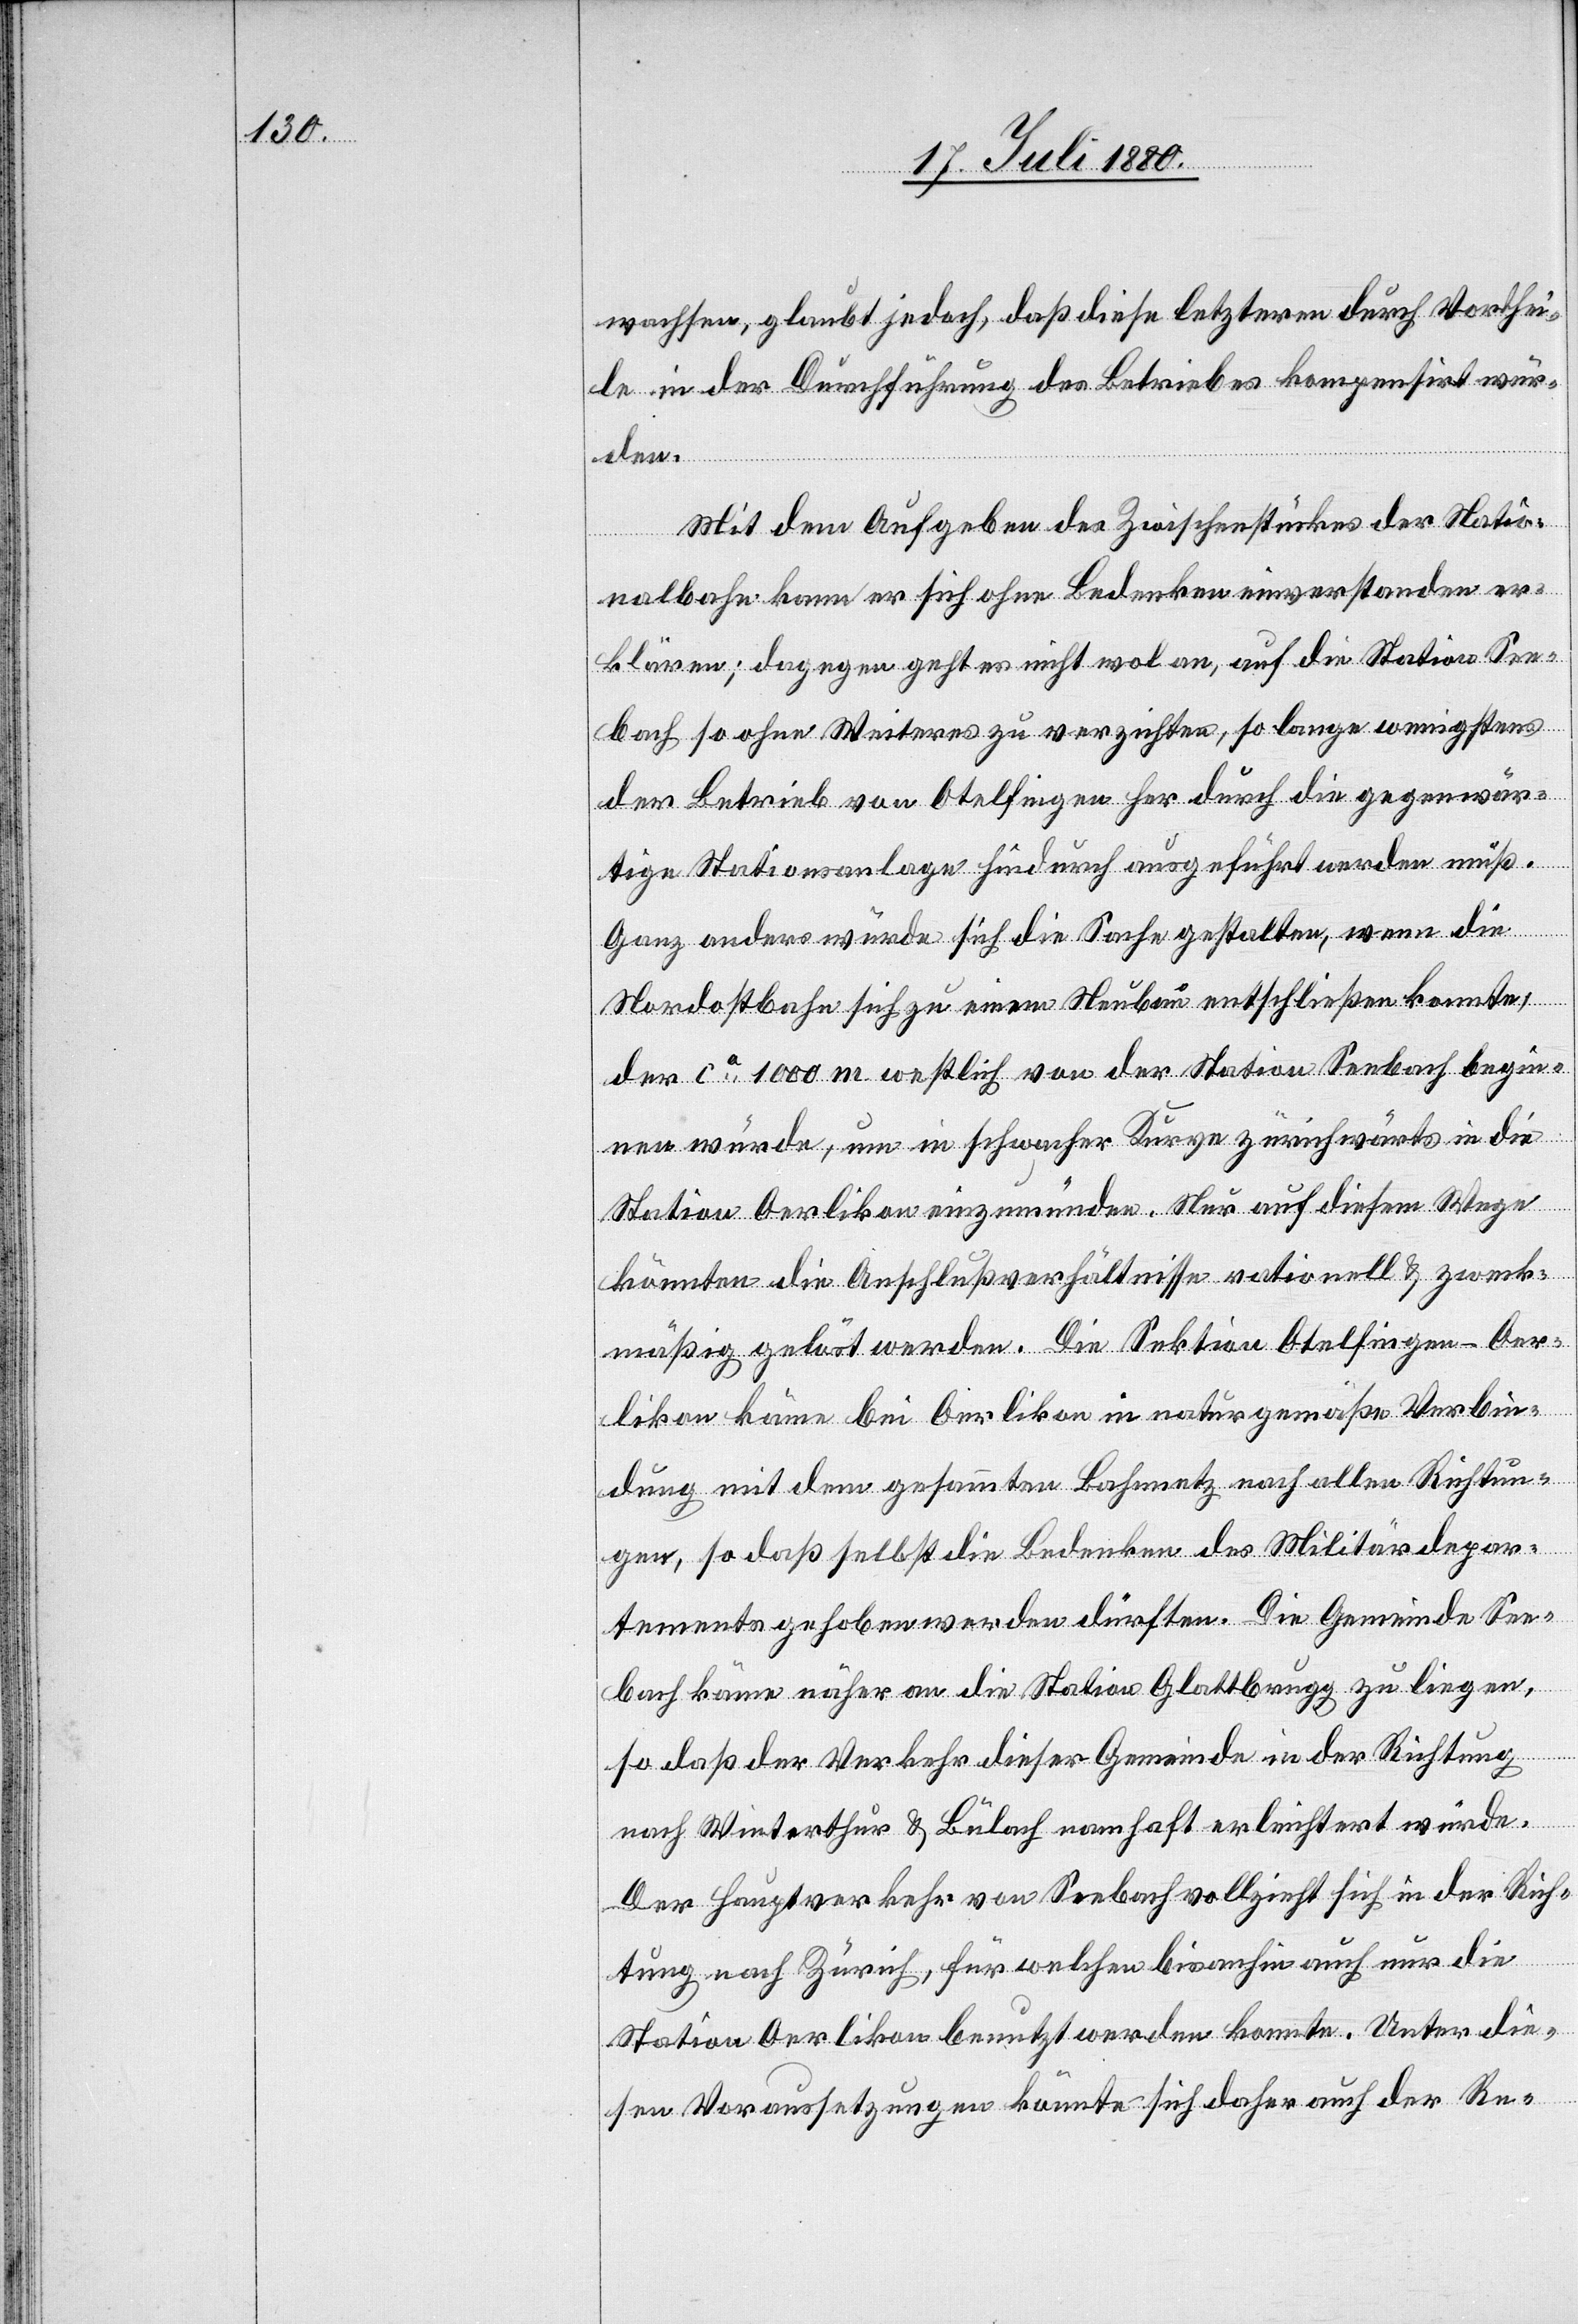
wachsen, glaubt jedoch, daß diese letzteren durch Vorthei¬
le in der Durchführung des Betriebes kompensirt wür¬
den.
Mit dem Aufgeben des Zwischenstückes der Natio¬
nalbahn kann er sich ohne Bedenken einverstanden er¬
klären; dagegen geht es nicht wol an, auf die Station See¬
bach so ohne Weiteres zu verzichten, so lange wenigstens
der Betrieb von Otelfingen her durch die gegenwär¬
tigen Stationsanlage hindurch ausgeführt werden muß.
Ganz anders würde sich die Sache gestalten, wenn die
Nordostbahn sich zu einem Neubau entschließen konnte
der ca 1000 m westlich von der Station Seebach begin¬
nen würde, um in schwacher Kurve zürichwärts in die
Station Oerlikon einzumünden. Nur auf diesem Weg
könnten die Anschlußverhältnisse rationell & zweck¬
mäßig gelöst werden. Die Sektion Otelfingen–Oer¬
likon käme bei Oerlikon in naturgemäße Verbin¬
dung mit dem gesammten Bahnnetz nach allen Richtun¬
gen, so daß selbst die Bedenken des Militärdepar¬
tements gehoben werden dürften. Die Gemeinde See¬
bach käme näher an die Station Glattbrugg zu liegen,
so daß der Verkehr dieser Gemeinde in der Richtung
nach Winterthur & Bülach namhaft erleichtert würde.
Der Hauptverkehr von Seebach vollzieht sich in der Rich¬
tung nach Zürich, für welchen bisanhin auch nur die
Station Oerlikon benutzt werden konnte. Unter die¬
sen Voraussetzungen könnte sich daher auch der Re-